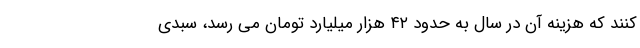
کنند که هزینه آن در سال به حدود ۴۲ هزار میلیارد تومان می رسد، سبدی